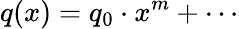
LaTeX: q(x)=q_{0}\cdot x^{m}+\cdots